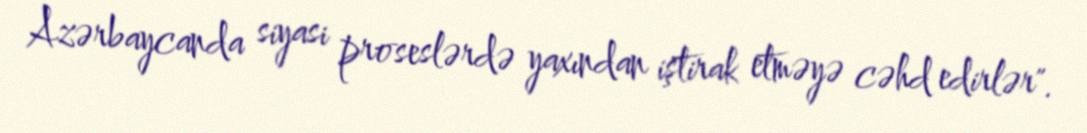
Azərbaycanda siyasi proseslərdə yaxından iştirak etməyə cəhd edirlər".